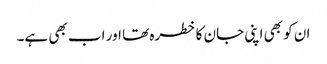
ان کو بھی اپنی جان کا خطرہ تھا اور اب بھی ہے۔